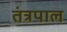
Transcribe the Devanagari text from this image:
तंत्रपाल